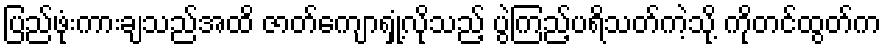
ပြည်ဖုံးကားချသည်အထိ ဇာတ်ကျောရှုံ့လိုသည့် ပွဲကြည့်ပရိသတ်ကဲ့သို့ ကိုတင်ထွတ်က